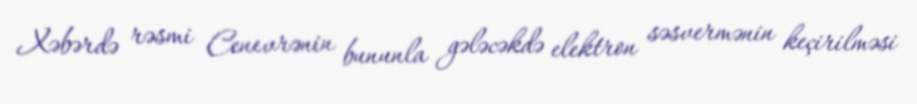
Xəbərdə rəsmi Cenevrənin bununla gələcəkdə elektron səsvermənin keçirilməsi